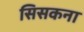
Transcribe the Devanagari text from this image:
सिसकना